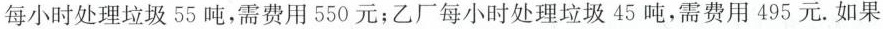
每小时处理垃圾55吨，需费用550元；乙厂每小时处理垃圾45吨，需费用495元. 如果